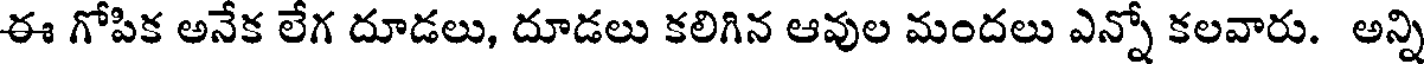
ఈ గోపిక అనేక లేగ దూడలు, దూడలు కలిగిన ఆవుల మందలు ఎన్నో కలవారు. అన్ని